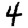
Digit: 4